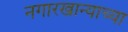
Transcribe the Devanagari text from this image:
नगारखान्याच्या